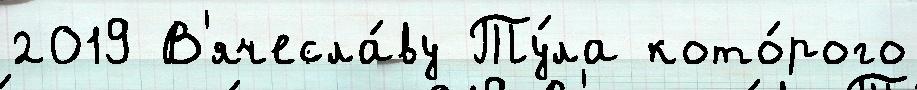
2019 В'ячесла́ву Ту́ла кото́рого